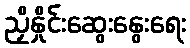
ညှိနှိုင်းဆွေးနွေးရေး